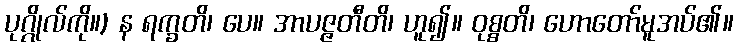
ပုဂ္ဂိုလ်ကို။) န ရက္ခတိ၊ ပေ။ အာပဇ္ဇတီတိ၊ ဟူ၍။ ဝုစ္စတိ၊ ဟောတော်မူအပ်၏။